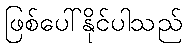
ဖြစ်ပေါ်နိုင်ပါသည်